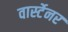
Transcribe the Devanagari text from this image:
वार्स्टेनर